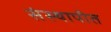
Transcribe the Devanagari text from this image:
संस्थापीत